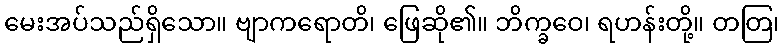
မေးအပ်သည်ရှိသော။ ဗျာကရောတိ၊ ဖြေဆို၏။ ဘိက္ခဝေ၊ ရဟန်းတို့။ တတြ၊